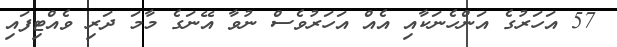
57 އަހަރުގެ އަންހެނަކާއި އެއް އަހަރުވެސް ނުވާ އޭނަގެ މާމަ ދަރި ވެއްޓިފައި